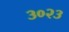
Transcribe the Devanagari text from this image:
३०२३